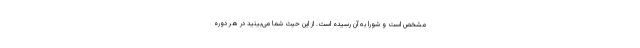
مشخص است و شورا به آن رسیده است. از این حیث شما می‌بینید در هر دوره